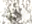
هونج